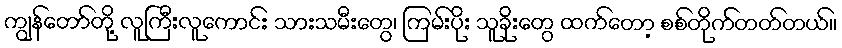
ကျွန်တော်တို့ လူကြီးလူကောင်း သားသမီးတွေ၊ ကြမ်းပိုး သူခိုးတွေ ထက်တော့ စစ်တိုက်တတ်တယ်။